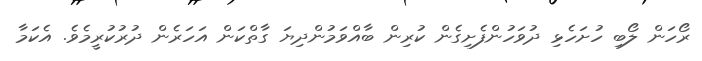
ރޯހަން ލޯބި ހުށަހެޅި ދުވަހުންފެށިގެން ކުރިން ބާއްވަމުންދިޔަ ގާތްކަން އަހަރެން ދުރުކުރީމެވެ. އެކަމާ